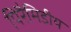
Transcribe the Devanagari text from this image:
पिरैमिडीय